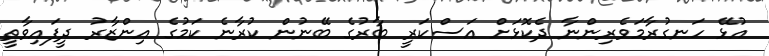
އުޅޭ ހަނގުރާމަވެރިންނާ ދެކޮޅަށް އަސްކަރީ ބާރުގެ ބޭނުން ކުރާނެ ކަމުގެ އިންޒާރު ދީފައިވާތީ